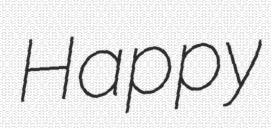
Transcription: Happy